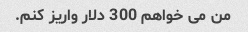
من می خواهم 300 دلار واریز کنم.